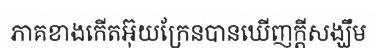
ភាគខាងកើតអ៊ុយក្រែនបានឃើញក្តីសង្ឃឹម